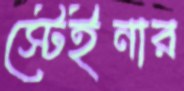
স্টেইনার